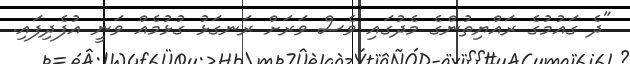
"ދެ ގައުމުގެ ރައްޔިތުންގެ މެދުގައި ވެސް ވަރަށް ރަނގަޅު ގުޅުމެއް ވަނީ އުފެދިފައި.